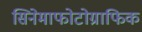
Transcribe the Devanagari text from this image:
सिनेमाफोटोग्राफिक